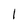
Character: 1